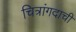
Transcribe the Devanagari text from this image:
चित्रांगदाची